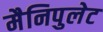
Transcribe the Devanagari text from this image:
मैनिपुलेट